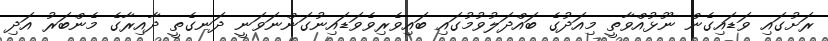
ރަށުގައި ވަޑައިގެން ނޫޅުއްވާތީ މިއަދުގެ ބައްދަލުވުމުގައި ބައިވެރިވެވަޑައިނުގަންނަވަނީ ދަނގެތީ ދާއިރާގެ މެންބަރު އަދި